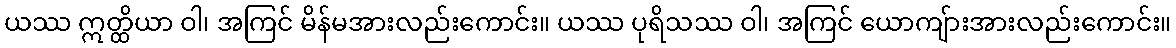
ယဿ ဣတ္ထိယာ ဝါ၊ အကြင် မိန်မအားလည်းကောင်း။ ယဿ ပုရိသဿ ဝါ၊ အကြင် ယောကျ်ားအားလည်းကောင်း။